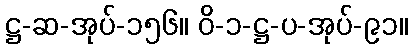
ဋ္ဌ-ဆ-အုပ်-၁၅၆။ ဝိ-၁-ဋ္ဌ-ပ-အုပ်-၉၁။